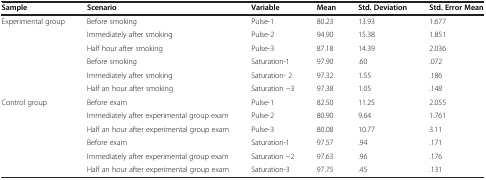
<table><thead><tr><td><b>Sample</b></td><td><b>Scenario</b></td><td><b>Variable</b></td><td><b>Mean</b></td><td><b>Std. Deviation</b></td><td><b>Std. Error Mean</b></td></tr></thead><tbody><tr><td rowspan="6">Experimental group</td><td>Before smoking</td><td>Pulse-1</td><td>80.23</td><td>13.93</td><td>1.677</td></tr><tr><td>Immediately after smoking</td><td>Pulse-2</td><td>94.90</td><td>15.38</td><td>1.851</td></tr><tr><td>Half hour after smoking</td><td>Pulse-3</td><td>87.18</td><td>14.39</td><td>2.036</td></tr><tr><td>Before smoking</td><td>Saturation-1</td><td>97.90</td><td>.60</td><td>.072</td></tr><tr><td>Immediately after smoking</td><td>Saturation- 2</td><td>97.32</td><td>1.55</td><td>.186</td></tr><tr><td>Half an hour after smoking</td><td>Saturation −3</td><td>97.38</td><td>1.05</td><td>.148</td></tr><tr><td rowspan="5">Control group</td><td>Before exam</td><td>Pulse-1</td><td>82.50</td><td>11.25</td><td>2.055</td></tr><tr><td>Immediately after experimental group exam</td><td>Pulse-2</td><td>80.90</td><td>9.64</td><td>1.761</td></tr><tr><td>Half an hour after experimental group exam</td><td>Pulse-3</td><td>80.08</td><td>10.77</td><td>3.11</td></tr><tr><td>Before exam</td><td>Saturation-1</td><td>97.57</td><td>.94</td><td>.171</td></tr><tr><td>Immediately after experimental group exam</td><td>Saturation −2</td><td>97.63</td><td>.96</td><td>.176</td></tr><tr><td>[EMPTY_CELL]</td><td>Half an hour after experimental group exam</td><td>Saturation-3</td><td>97.75</td><td>.45</td><td>.131</td></tr></tbody></table>